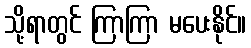
သို့ရာတွင် ကြာကြာ မပေးနိုင်။